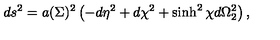
d s ^ { 2 } = a ( \Sigma ) ^ { 2 } \left( - d \eta ^ { 2 } + d \chi ^ { 2 } + \sinh ^ { 2 } \chi d \Omega _ { 2 } ^ { 2 } \right) ,